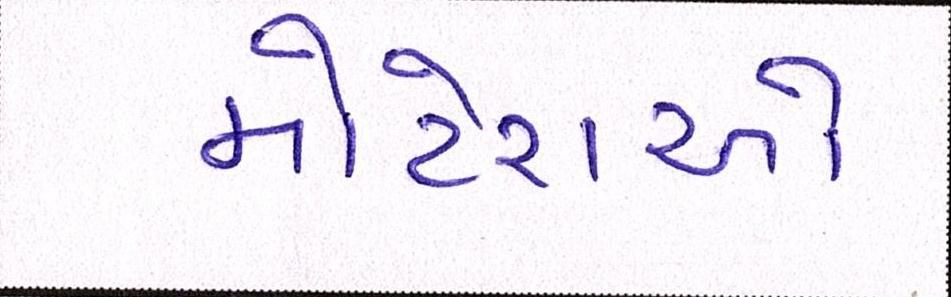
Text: મોટેરાઓ